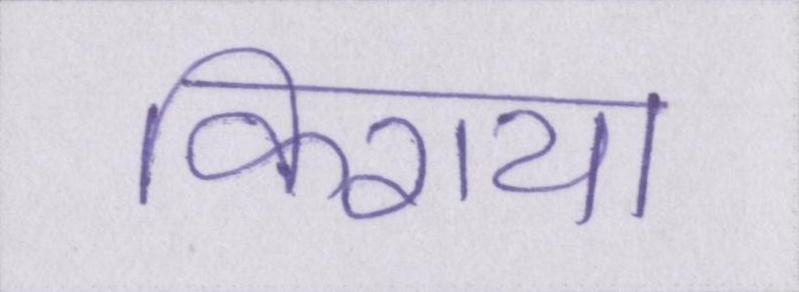
किराया